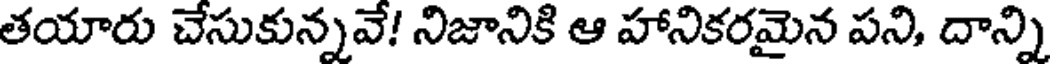
తయారు చేసుకున్నవే! నిజానికి ఆ హానికరమైన పని, దాన్ని